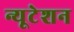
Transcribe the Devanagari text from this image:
न्यूटेशन